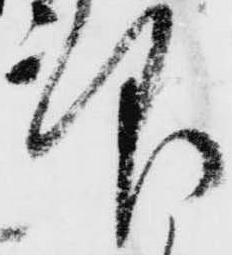
仰